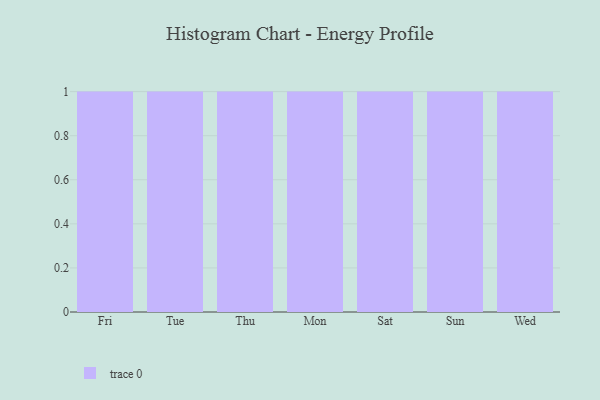
{"axis": {"x": "Day", "y": "Conversion Rate (%)"}, "legend": [""], "data": [{"x": "Fri", "y": 50, "type": ""}, {"x": "Tue", "y": 91, "type": ""}, {"x": "Thu", "y": 63, "type": ""}, {"x": "Mon", "y": 7, "type": ""}, {"x": "Sat", "y": 83, "type": ""}, {"x": "Sun", "y": 96, "type": ""}, {"x": "Wed", "y": 64, "type": ""}]}